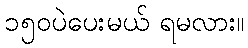
၁၅၀ပဲပေးမယ် ရမလား။